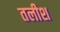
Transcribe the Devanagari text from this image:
तलीश